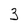
Character: 3